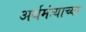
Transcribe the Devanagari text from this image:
अर्थमंत्र्याच्या